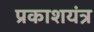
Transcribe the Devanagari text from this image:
प्रकाशयंत्र